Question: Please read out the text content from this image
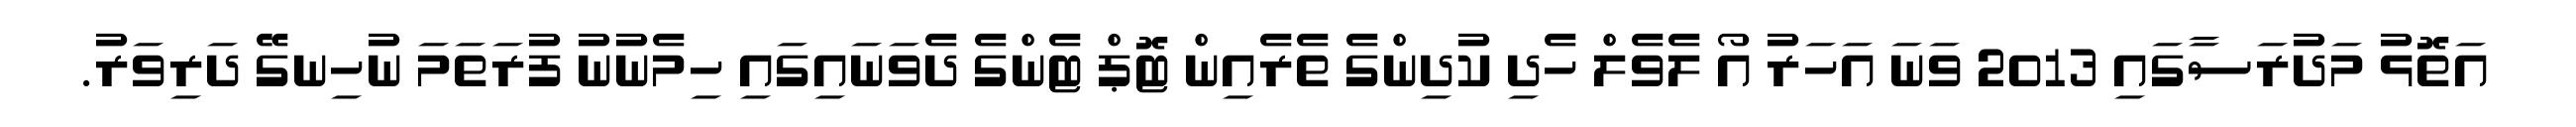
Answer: އަތޮޅު މަދުރަސާގައި 2013 ވަނަ އަހަރު އޯ ލެވެލް ހެދި ކުދިންގެ ތެރެއިން ޓޮޕް ޓެންގެ ދެވަނައިގައި ހިމެނުނު ފުރަތަމަ ނުހިނގޭ ދަރިވަރު.